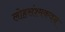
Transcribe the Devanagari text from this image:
लोहसंश्मकवन